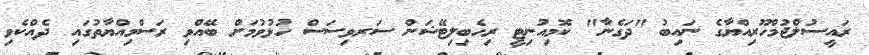
ރައީސުލްޖުމްހޫރިއްޔާގެ ނައިބު "ދަގެނާ" ކޮމިއުނިޓީ ރިހެބިލިޓޭޝަން ސަރވިސަސް ހުޅުވުމަށް ބޭއްވި ރަސްމިއްޔާތުގައި ދެއްކެވި